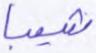
شيبا